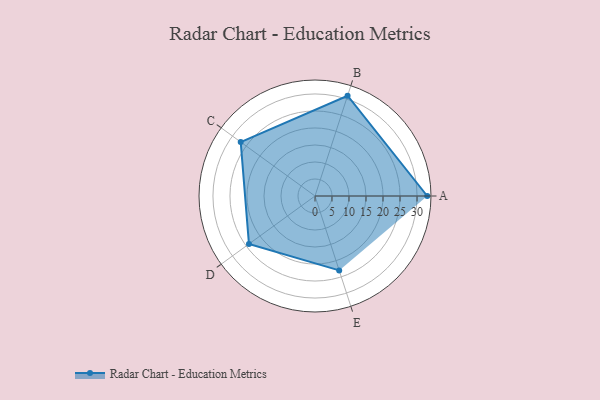
{"axis": {"x": "Skill", "y": "Score"}, "legend": ["Profile"], "data": [{"x": "A", "y": 33.0, "type": "Profile"}, {"x": "B", "y": 31.0, "type": "Profile"}, {"x": "C", "y": 27.0, "type": "Profile"}, {"x": "D", "y": 24.0, "type": "Profile"}, {"x": "E", "y": 23.0, "type": "Profile"}]}